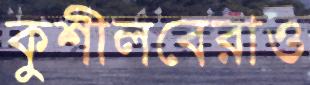
কুশীলবেরাও